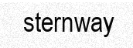
sternway